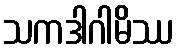
သကဒါဂါမိဿ